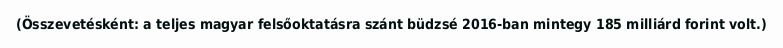
(Összevetésként: a teljes magyar felsőoktatásra szánt büdzsé 2016-ban mintegy 185 milliárd forint volt.)